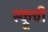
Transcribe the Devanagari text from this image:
स्क्रूची